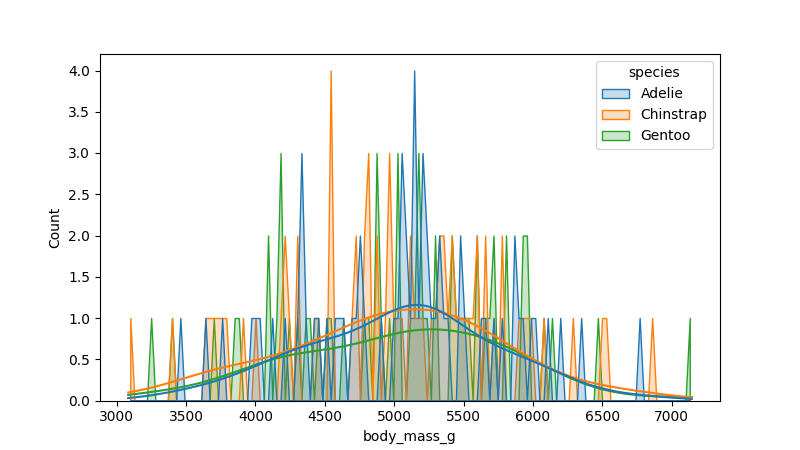
python, seaborn, histplot, hue='species', binwidth=30, bins='10', element='poly'